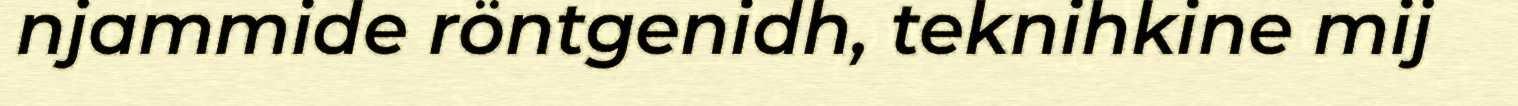
njammide röntgenidh, teknihkine mij